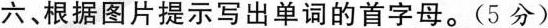
六、根据图片提示写出单词的首字母。(5分)